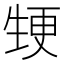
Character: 𭺵